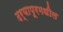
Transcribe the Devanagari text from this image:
दर्यापूरमधील